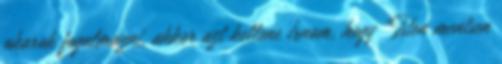
akarok fogalmazni, akkor azt kellene írnom, hogy "Isten mentsen